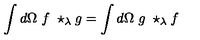
\int d \Omega \ f \ \star _ { \lambda } g = \int d \Omega \ g \ \star _ { \lambda } f